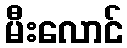
မီးလောင်